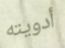
أدويته